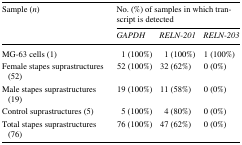
<table><thead><tr><td rowspan="2"><b>Sample (<i>n</i>)</b></td><td colspan="3"><b>No. (%) of samples in which transcript is detected</b></td></tr><tr><td><b><i>GAPDH</i></b></td><td><b><i>RELN-201</i></b></td><td><b><i>RELN-203</i></b></td></tr></thead><tbody><tr><td>MG-63 cells (1)</td><td>1 (100%)</td><td>1 (100%)</td><td>1 (100%)</td></tr><tr><td>Female stapes suprastructures (52)</td><td>52 (100%)</td><td>32 (62%)</td><td>0 (0%)</td></tr><tr><td>Male stapes suprastructures (19)</td><td>19 (100%)</td><td>11 (58%)</td><td>0 (0%)</td></tr><tr><td>Control suprastructures (5)</td><td>5 (100%)</td><td>4 (80%)</td><td>0 (0%)</td></tr><tr><td>Total stapes suprastructures (76)</td><td>76 (100%)</td><td>47 (62%)</td><td>0 (0%)</td></tr></tbody></table>